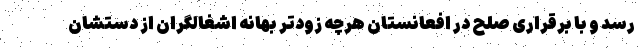
رسد و با برقراری صلح در افعانستان هرچه زودتر بهانه اشغالگران از دستشان